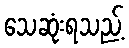
သေဆုံးရသည့်